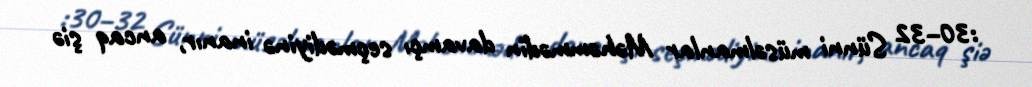
:30–32 Sünni müsəlmanlar Məhəmmədin davamçı seçmədiyinə inanır, ancaq şiə